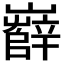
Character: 𡾦